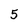
Character: 5